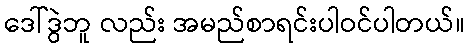
ဒေါ်ဒွဲဘူ လည်း အမည်စာရင်းပါဝင်ပါတယ်။